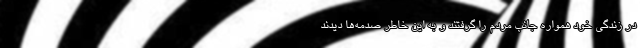
در زندگی خود همواره جانب مردم را گرفتند و به این خاطر صدمه‌ها دیدند